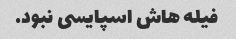
فیله هاش اسپایسی نبود.